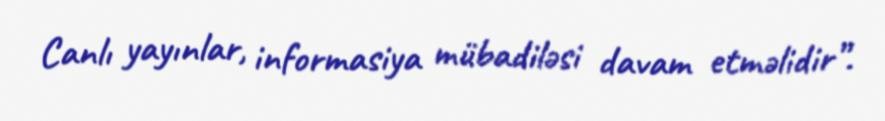
Canlı yayınlar, informasiya mübadiləsi davam etməlidir”.